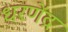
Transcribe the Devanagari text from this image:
धरणेंद्र